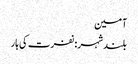
آمین
بلندشہر: نفرت کی ہار